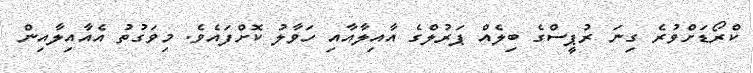
ކްރޯޑަށްވުރެ ގިނަ ރުޕީސްގެ ބިލެއް ޕަރުލްގެ އާއިލާއާއި ހަވާލު ކޮށްފައެވެ. މިވަގުތު އެއާއިލާއިން